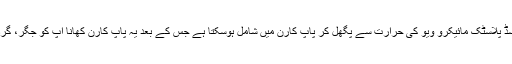
اس بیگ کی تیاری میں استعمال کیا جانے والا ایسڈ پلاسٹک مائیکرو ویو کی حرارت سے پگھل کر پاپ کارن میں شامل ہوسکتا ہے جس کے بعد یہ پاپ کارن کھانا آپ کو جگر، گردے اور مثانے کے کینسر میں مبتلا کرسکتا ہے۔